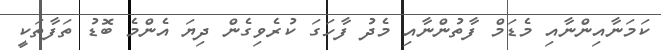
ކަމަނާއިންނާއި މެޑަމް ފާތުންނާއި މެދު ފާހަގަ ކުރެވިގެން ދިޔަ އެންމެ ބޮޑު ތަފާތަކީ